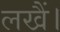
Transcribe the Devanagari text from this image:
लखैं।